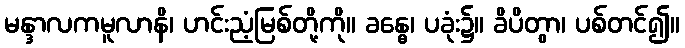
မန္ဒာလကမူလာနိ၊ ဟင်းညံ့မြစ်တို့ကို။ ခန္ဓေ၊ ပခုံး၌။ ခိပိတွာ၊ ပစ်တင်၍။